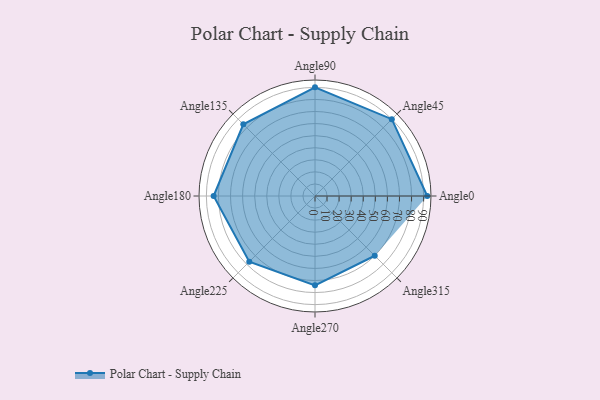
{"axis": {"x": "Angle", "y": "Radius"}, "legend": [""], "data": [{"x": "Angle0", "y": 93.0, "type": ""}, {"x": "Angle45", "y": 90.0, "type": ""}, {"x": "Angle90", "y": 90.0, "type": ""}, {"x": "Angle135", "y": 84.0, "type": ""}, {"x": "Angle180", "y": 84.0, "type": ""}, {"x": "Angle225", "y": 77.0, "type": ""}, {"x": "Angle270", "y": 74.0, "type": ""}, {"x": "Angle315", "y": 70.0, "type": ""}]}